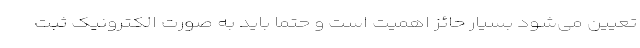
تعیین می‌شود بسیار حائز اهمیت است و حتما باید به صورت الکترونیک ثبت